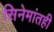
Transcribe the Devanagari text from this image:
सिनेमांतही